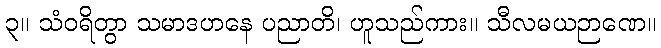
၃။ သံဝရိတွာ သမာဒဟနေ ပညာတိ၊ ဟူသည်ကား။ သီလမယဉာဏေ။